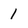
Character: 1